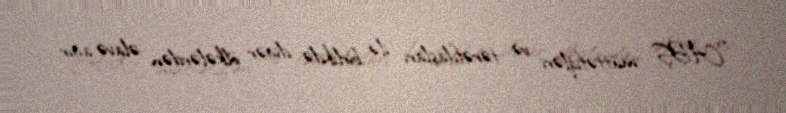
“ABŞ müttəfiqləri və tərəfdaşları ilə birlikdə digər ölkələrdən əlavə ağır